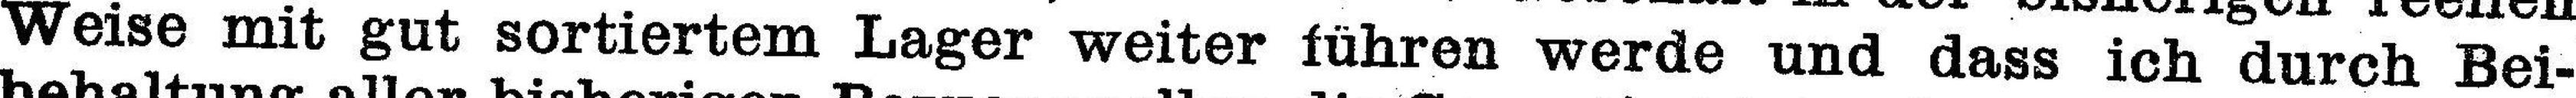
Weise mit gut sortiertem Lager weiter führen werde und dass ich durch Bei¬